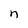
Character: n